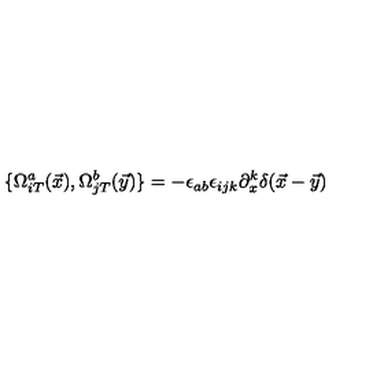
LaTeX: \{ \Omega _ { i T } ^ { a } ( \vec { x } ) , \Omega _ { j T } ^ { b } ( \vec { y } ) \} = - \epsilon _ { a b } \epsilon _ { i j k } \partial _ { x } ^ { k } \delta ( \vec { x } - \vec { y } )